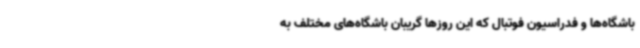
باشگاه‌ها و فدراسیون فوتبال که این روزها گریبان باشگاه‌های مختلف به